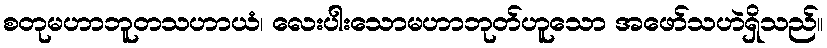
စတုမဟာဘူတသဟာယံ၊ လေးပါးသောမဟာဘုတ်ဟူသော အဖော်သဟဲရှိသည်။